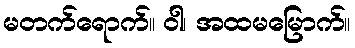
မတက်ရောက်။ ဝါ၊ အထမမြောက်။